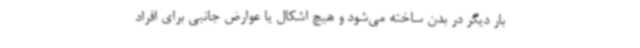
بار دیگر در بدن ساخته می‌شود و هیچ اشکال یا عوارض جانبی برای افراد